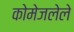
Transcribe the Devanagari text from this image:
कोमेजलेले